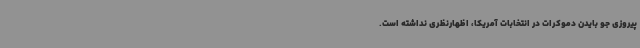
پیروزی جو بایدن دموکرات در انتخابات آمریکا، اظهارنظری نداشته است.